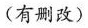
(有删改)